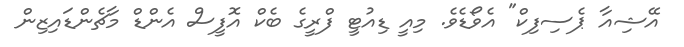
އޭޝިއާ ޕެސިފިކް" އެވޯޑެވެ. މިއީ ޑިއުޓީ ފްރީގެ ބެކް އޮފީސް އެންޑް މާޗެންޑައިޒިން